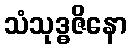
သံသုဒ္ဓဇိနော